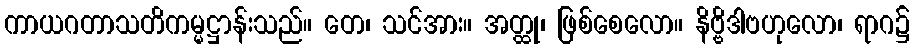
ကာယဂတာသတိကမ္မဋ္ဌာန်းသည်။ တေ၊ သင်အား။ အတ္ထု၊ ဖြစ်စေလော။ နိဗ္ဗိဒါဗဟုလော၊ ရာဂ၌